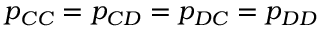
p _ { C C } = p _ { C D } = p _ { D C } = p _ { D D }